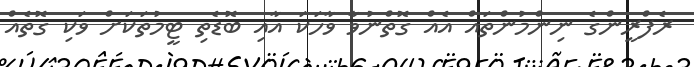
ރެފްރީންގެ ނިންމުންތައް އެއް ގޮތްނުވާ ވާހަކަ އާއި ބޮޑެތި ޓީމުތަކަށް ވަކި ގޮތެއް